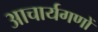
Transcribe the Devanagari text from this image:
आचार्यगणों